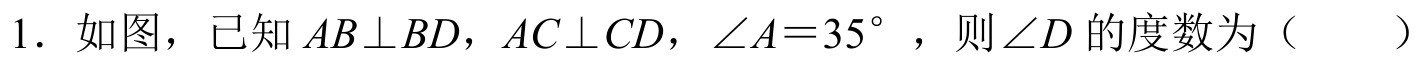
1. 如图，已知\(AB\perp BD\)，\(AC\perp CD\)，\(\angle A = 35^{\circ}\)，则\(\angle D\)的度数为（  ）